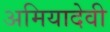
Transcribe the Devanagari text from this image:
अमियादेवी